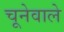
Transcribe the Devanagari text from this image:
चूनेवाले